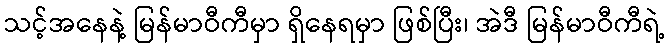
သင့်အနေနဲ့ မြန်မာဝီကီမှာ ရှိနေရမှာ ဖြစ်ပြီး၊ အဲဒီ မြန်မာဝီကီရဲ့